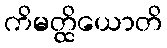
ကိမတ္ထိယောတိ